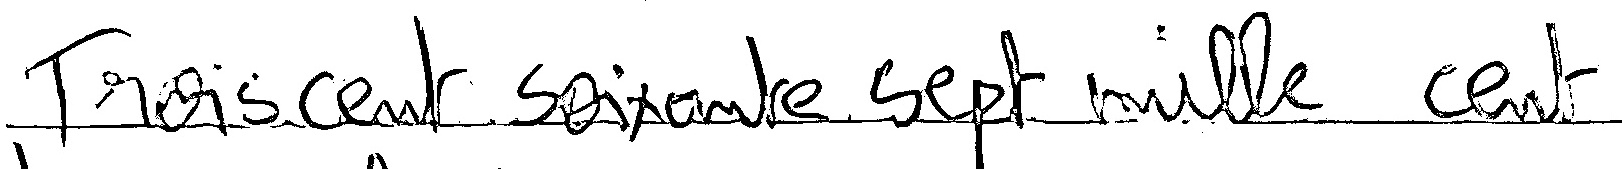
Trois cent Soixante Sept mille cent